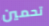
تحمين